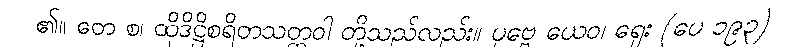
၏။ တေ စ၊ ထိုဒိဋ္ဌိစရိတသတ္တဝါ တို့သည်လည်း။ ပုဗ္ဗေ ယေဝ၊ ရှေး (ပေ ၁၉၃)